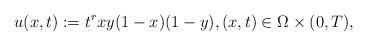
LaTeX: \begin{align*} u(x,t):=t^rxy(1-x)(1-y), (x,t) \in \Omega \times (0,T),\end{align*}